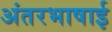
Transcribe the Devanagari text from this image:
अंतरभाषाई